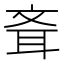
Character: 斊